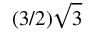
( 3 / 2 ) \sqrt { 3 }